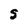
Character: S